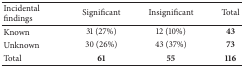
<table><thead><tr><td><b>Incidental findings</b></td><td><b>Significant</b></td><td><b>Insignificant</b></td><td><b>Total</b></td></tr></thead><tbody><tr><td>Known</td><td>31 (27%)</td><td>12 (10%)</td><td><b>43</b></td></tr><tr><td>Unknown</td><td>30 (26%)</td><td>43 (37%)</td><td><b>73</b></td></tr><tr><td>Total</td><td><b>61</b></td><td><b>55</b></td><td><b>116</b></td></tr></tbody></table>